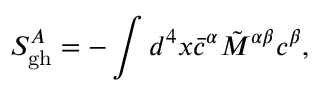
S _ { \mathrm { g h } } ^ { A } = - \int d ^ { 4 } x { \bar { c } } ^ { \alpha } \tilde { M } ^ { \alpha \beta } c ^ { \beta } ,